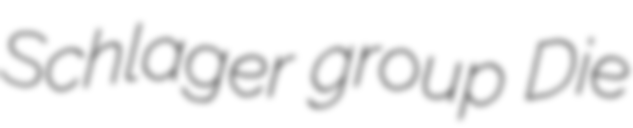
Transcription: Schlager group Die